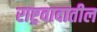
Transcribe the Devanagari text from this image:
राष्ट्रवादातील